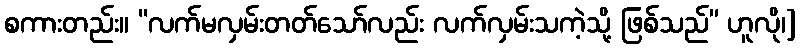
စကားတည်း။ “လက်မလှမ်းတတ်သော်လည်း လက်လှမ်းသကဲ့သို့ ဖြစ်သည်” ဟူလို၊]